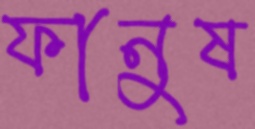
ফানুষ